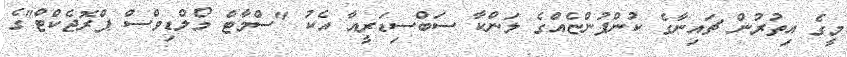
މީގެ އިތުރުން ޗައިނާގެ ކުންފުންޏެއްގެ ލަންކާ ސަބްސިޑަރީއާ އެކު "ސްމާޓް މޯލްޑިވްސް ޕްރޮޖެކްޓް"ގެ